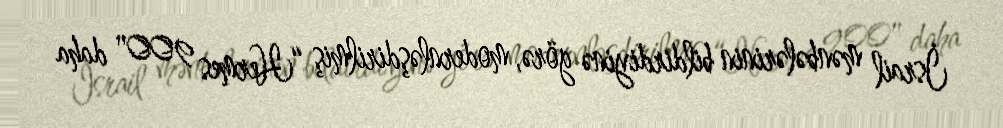
İsrail mənbələrinin bildirdiyinə görə, modernləşdirilmiş “Hermes 900" daha